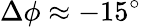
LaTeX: \Delta\phi\approx-15^{\circ}